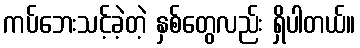
ကပ်ဘေးသင့်ခဲ့တဲ့ နှစ်တွေလည်း ရှိပါတယ်။